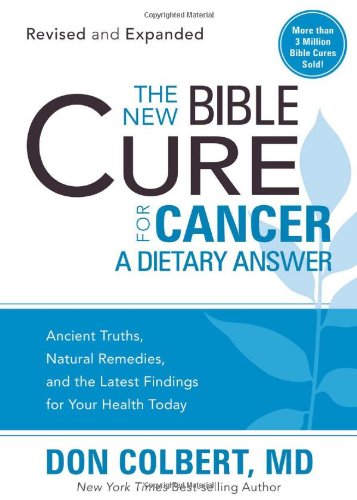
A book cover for The New Bible Cure for Cancer: Ancient Truths, Natural Remedies, and the Latest Findings for Your Health Today (New Bible Cure (Siloam)); Don Colbert; Health, Fitness & Dieting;